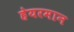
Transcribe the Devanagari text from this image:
हेयरमान